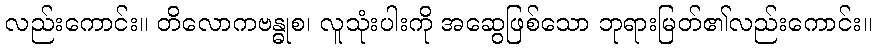
လည်းကောင်း။ တိလောကဗန္ဓုစ၊ လူသုံးပါးကို အဆွေဖြစ်သော ဘုရားမြတ်၏လည်းကောင်း။